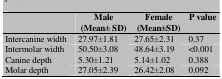
<table><thead><tr><td></td><td><b>Male(Mean± SD)</b></td><td><b>Female(Mean±SD)</b></td><td><b>P value</b></td></tr></thead><tbody><tr><td> Intercanine width </td><td> 27.97±1.81 </td><td> 27.65±2.31 </td><td> 0.37 </td></tr><tr><td> Intermolar width </td><td> 50.50±3.08 </td><td> 48.64±3.19 </td><td> &lt;0.001 </td></tr><tr><td> Canine depth </td><td> 5.30±1.21 </td><td> 5.14±1.02 </td><td> 0.388 </td></tr><tr><td> Molar depth </td><td> 27.05±2.39 </td><td> 26.42±2.08 </td><td> 0.092 </td></tr></tbody></table>